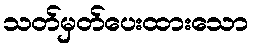
သတ်မှတ်ပေးထားသော